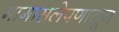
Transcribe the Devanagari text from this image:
मागासलेपणातून